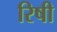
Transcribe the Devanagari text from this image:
रिषी